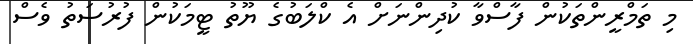
މި ތަމްރީންތަކުން ފާސްވާ ކުދިންނަށް އެ ކްލަބުގެ ޔޫތު ޓީމަކުން ފުރުސަތު ވެސް